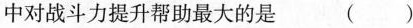
中对战斗力提升帮助最大的是 ()